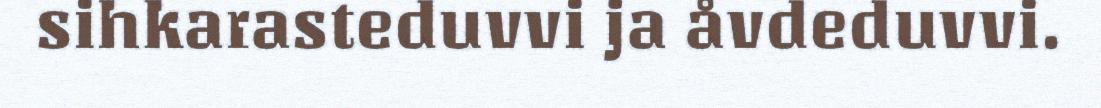
sihkarasteduvvi ja åvdeduvvi.